Leaving Certificate Examination, 1904
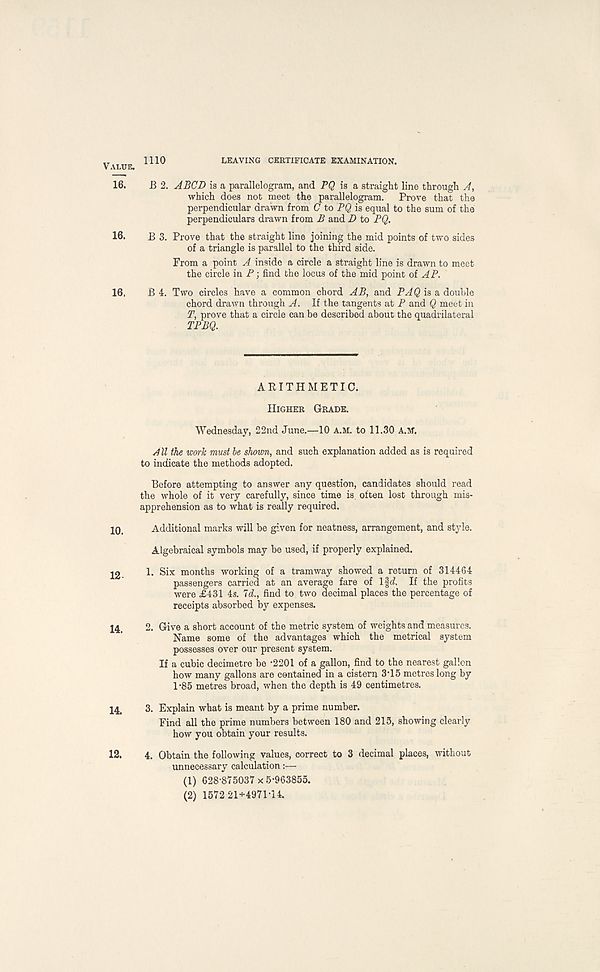
Value.
16.
16.
16.
10.
12-
14.
14.
12.
1110
LEAVING CERTIFICATE EXAMINATION.
B 2. ABCD is a parallelogram, and PQ is a straight line through A,
which does not meet the parallelogram. Prove that the
perpendicular drawn from G to PQ is equal to the sum of the
perpendiculars drawn from B and D to PQ.
B 3. Prove that the straight line joining the mid points of two sides
of a triangle is parallel to the third side.
From a point A inside a circle a straight line is drawn to meet
the circle in P; find the locus of the mid point of AP.
B 4. Two circles have a common chord AB, and PAQ is a double
chord drawn through A. If the tangents at P and Q meet in
T, prove that a circle can be described about the quadrilateral
TPBQ.
ARITHMETIC.
Higher Grade.
Wednesday, 22nd June.—10 A.M. to 11.30 A.M.
All the work must he shown, and such explanation added as is required
to indicate the methods adopted.
Before attempting to answer any question, candidates should read
the whole of it very carefully, since time is. often lost through mis-
apprehension as to what is really required.
Additional marks will be given for neatness, arrangement, and style.
Algebraical symbols may be used, if properly explained.
1. Six months working of a tramway showed a return of 314464
passengers carried at an average fare of l|d. If the profits
were £431 4s. Id., find to two decimal places the percentage of
receipts absorbed by expenses.
2. Give a short account of the metric system of weights and measures.
Name some of the advantages which the metrical system
possesses over our present system.
If a cubic decimetre be -2201 of a gallon, find to the nearest gallon
how many gallons are contained in a cistern 3 , 15 metres long by
1-85 metres broad, when the depth is 49 centimetres.
3. Explain what is meant by a prime number.
Find all the prime numbers between 180 and 215, showing clearly
how you obtain your results.
4. Obtain the following values, correct to 3 decimal places, without
unnecessary calculation:—
(1) 628-875037 x 5-963855.
(2) 1572 21+4971-14.